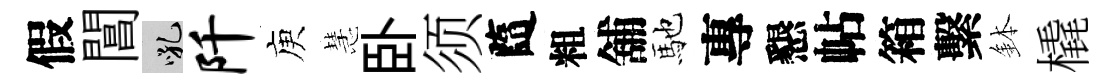
假閶吼阡庾慧卧须隨粗舖馳專懇帖箱繫鉢橇